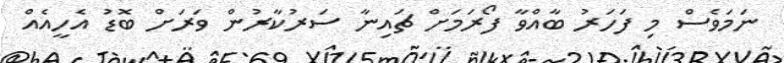
ނަމަވެސް މި ފަހަރު ބާއްވާ ފޯރަމަށް ޗައިނާ ސަރުކާރުން ވަރަށް ބޮޑު އެހީއެއް